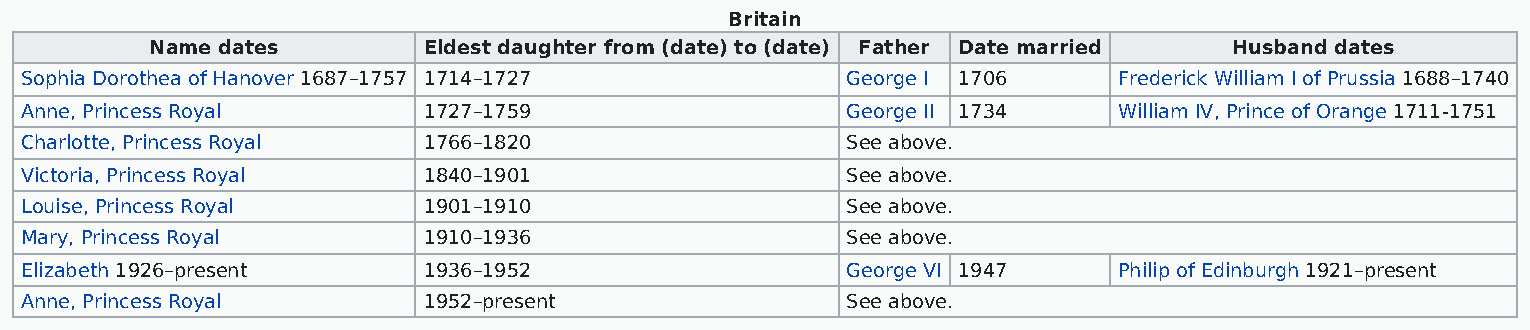
Britain
 Name dates        Eldest daughter from (date) to (date) Father Date married Husband dates
 Sophia Dorothea of Hanover 1687–1757 1714–1727         George I 1706     Frederick William I of Prussia 1688–1740
 Anne, Princess Royal       1727–1759                   George II 1734    William IV, Prince of Orange 1711-1751
 Charlotte, Princess Royal  1766–1820                   See above.
 Victoria, Princess Royal   1840–1901                   See above.
 Louise, Princess Royal     1901–1910                   See above.
 Mary, Princess Royal       1910–1936                   See above.
 Elizabeth 1926–present     1936–1952                   George VI 1947    Philip of Edinburgh 1921–present
 Anne, Princess Royal       1952–present                See above.